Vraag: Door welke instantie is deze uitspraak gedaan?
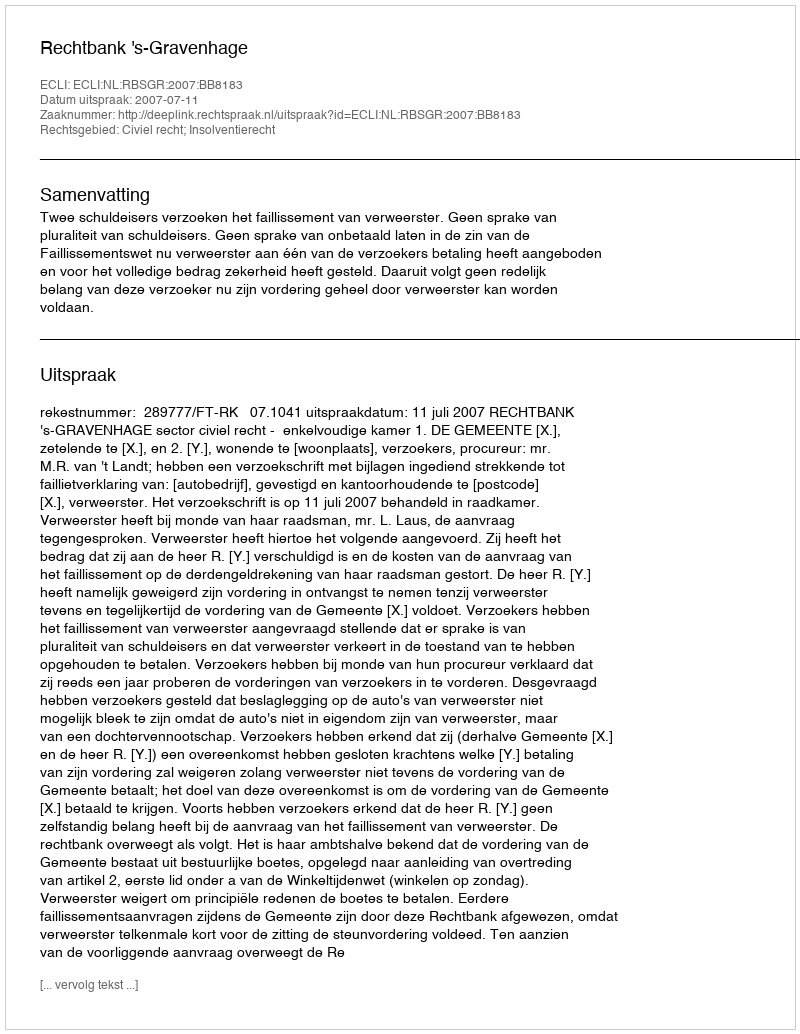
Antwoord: Rechtbank 's-Gravenhage